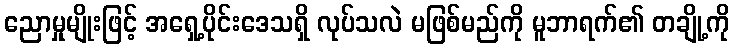
ညောမှုမျိုးဖြင့် အရှေ့ပိုင်းဒေသရှိ လုပ်သလဲ မဖြစ်မည်ကို မူဘာရက်၏ တချို့ကို